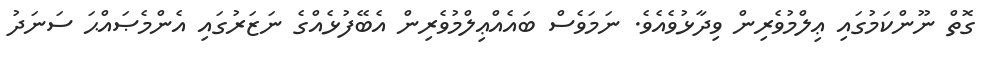
ގޮތް ނޫންކަމުގައި ޢިލްމުވެރިން ވިދާޅުވެއެވެ. ނަމަވެސް ބައެއްޢިލްމުވެރިން އެބޭފުޅެއްގެ ނަޒަރުގައި އެންމެޞައްޙަ ސަނަދު